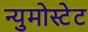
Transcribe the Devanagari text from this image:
न्युमोस्टेट